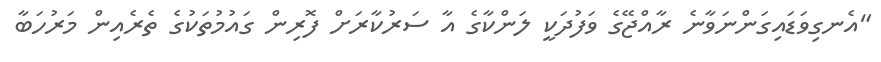
"އެނގިވަޑައިގަންނަވާނެ ރާއްޖޭގެ ވަފުދަކީ ލަންކާގެ އާ ސަރުކާރަށް ފޮރިން ގައުމުތަކުގެ ތެރެއިން މަރުހަބާ